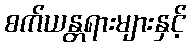
စက်ယန္တရားများနှင့်